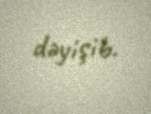
dəyişib.